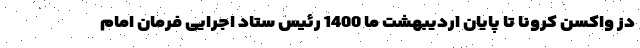
دز واکسن کرونا تا پایان اردیبهشت ما 1400 رئیس ستاد اجرایی فرمان امام